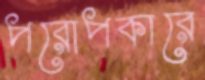
পরোপকারে